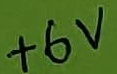
Text: +6V